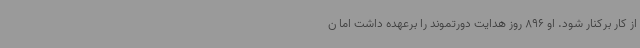
از کار برکنار شود. او 896 روز هدایت دورتموند را برعهده داشت اما ن